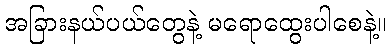
အခြားနယ်ပယ်တွေနဲ့ မရောထွေးပါစေနဲ့။